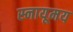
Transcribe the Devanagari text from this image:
स्नायूमय